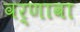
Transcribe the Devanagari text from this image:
वर्णावा